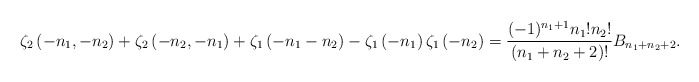
\begin{align*}\zeta_{2}\left(-n_1,-n_2\right) + \zeta_{2}\left(-n_2,-n_1\right)+ \zeta_{1}\left(-n_1 - n_2\right) - \zeta_{1}\left(-n_1\right) \zeta_{1}\left(-n_2\right)= \frac{(-1)^{n_{1}+1} n_{1}!n_{2}!}{\left(n_1+n_2+2\right)!}B_{n_1+n_2+2}. \end{align*}